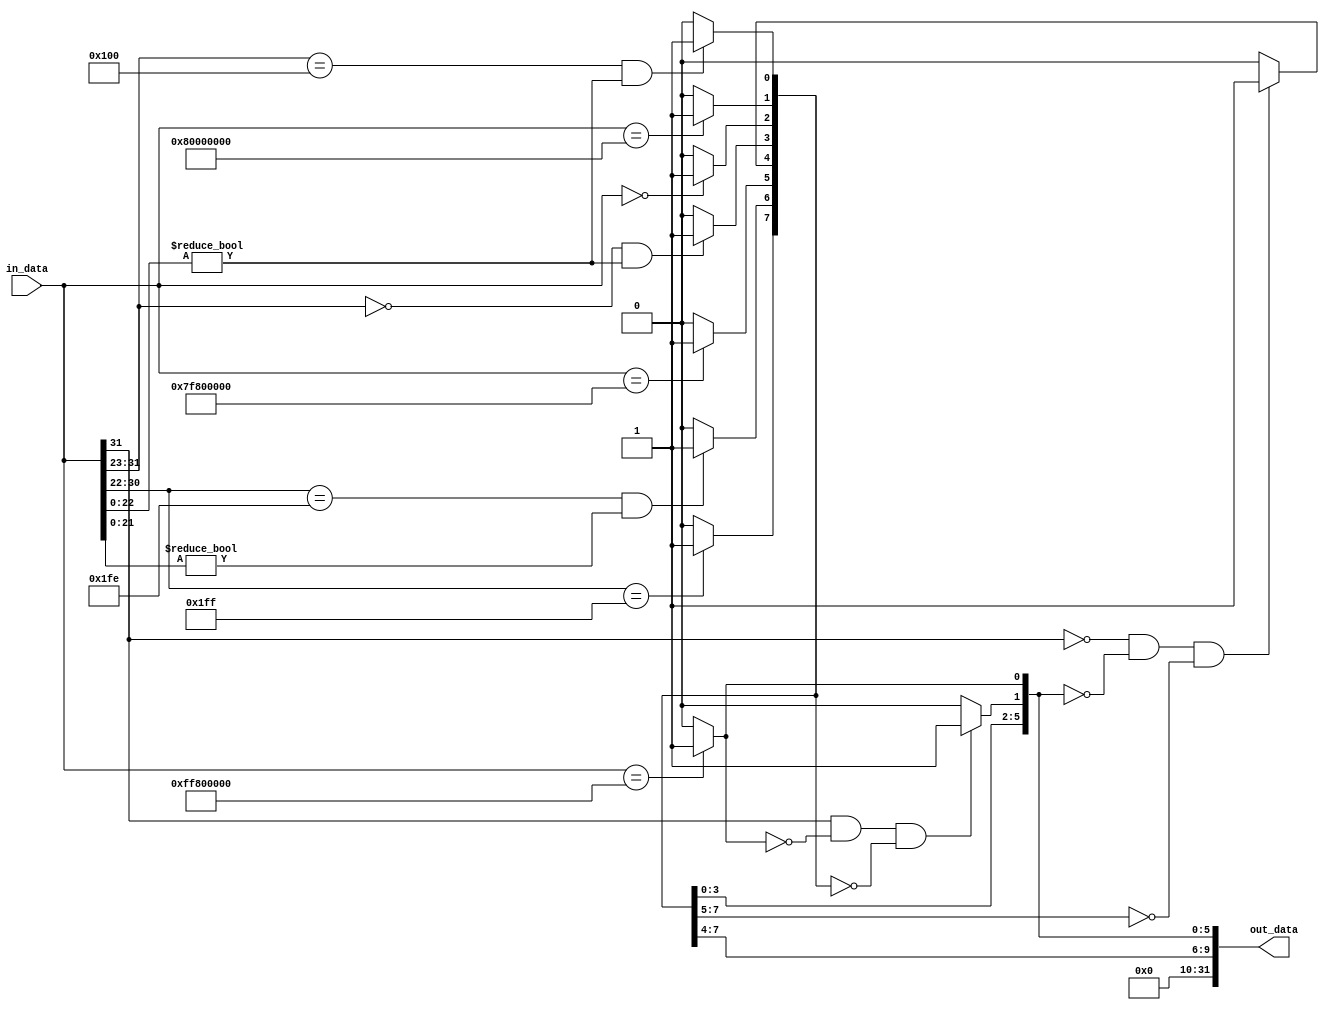
// RD BIT | MEANING
//--------|-------------------------------------
//    0   | rs1 is negative infinity
//    1   | rs1 is a negative normal number
//    2   | rs1 is a negative subnormal number
//    3   | rs1 is negative zero
//    4   | rs1 is positive zero
//    5   | rs1 is a positive subnormal number
//    6   | rs1 is a positive normal number
//    7   | rs1 is positive infinity
//    8   | rs1 is a signaling NaN
//    9   | rs1 is a quite NaN

module FP_Class(in_data, out_data);
    parameter DATA_WIDTH = 32;

    input   [DATA_WIDTH - 1:0] in_data;
    output  [DATA_WIDTH - 1:0] out_data;

    assign out_data[31:10] = 22'd0;

    assign out_data[0] = (in_data == 32'hFF800000) ? 1'b1 : 1'b0;
    assign out_data[1] = (in_data[31] & !out_data[0] & (out_data[9:2] == 8'd0)) ? 1'b1 : 1'b0;
    assign out_data[2] = ((in_data[31:23] == 9'b100000000) & (in_data[22:0] != 23'd0)) ? 1'b1 : 1'b0;
    assign out_data[3] = (in_data == 32'h80000000) ? 1'b1 : 1'b0;
    assign out_data[4] = (in_data == 32'h00000000) ? 1'b1 : 1'b0;
    assign out_data[5] = ((in_data[31:23] == 9'd0) & (in_data[22:0] != 23'd0)) ? 1'b1 : 1'b0;
    assign out_data[6] = (!in_data[31] & (out_data[5:0] == 6'd0) & (out_data[9:7] == 3'd0)) ? 1'b1 : 1'b0;
    assign out_data[7] = (in_data == 32'h7F800000) ? 1'b1 : 1'b0;
    assign out_data[8] = ((in_data[30:22] == 9'b111111110) & (in_data[21:0] != 22'd0)) ? 1'b1 : 1'b0;
    assign out_data[9] = (in_data[30:22] == 9'b111111111) ? 1'b1 : 1'b0;
endmodule